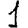
Digit: 1